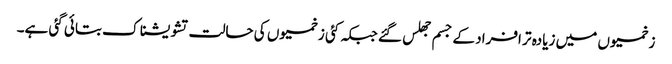
زخمیوں میں زیادہ تر افراد کے جسم جھلس گئے جبکہ کئی زخمیوں کی حالت تشویشناک بتائی گئی ہے۔